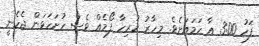
ފަހު 3:00 އާ ހަމައަށެވެ. މިހާރު ހުރިހާ ފޯމެއް ވެސް ހުށަހަޅަން ޖެހެނީ